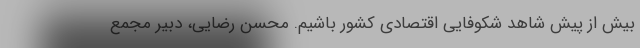
بیش از پیش شاهد شکوفایی اقتصادی کشور باشیم. محسن رضایی، دبیر مجمع